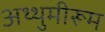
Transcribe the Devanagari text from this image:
अथ्थुमीरूम